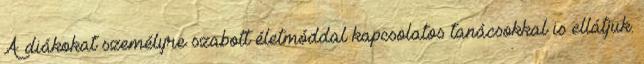
A diákokat személyre szabott életmóddal kapcsolatos tanácsokkal is ellátjuk.